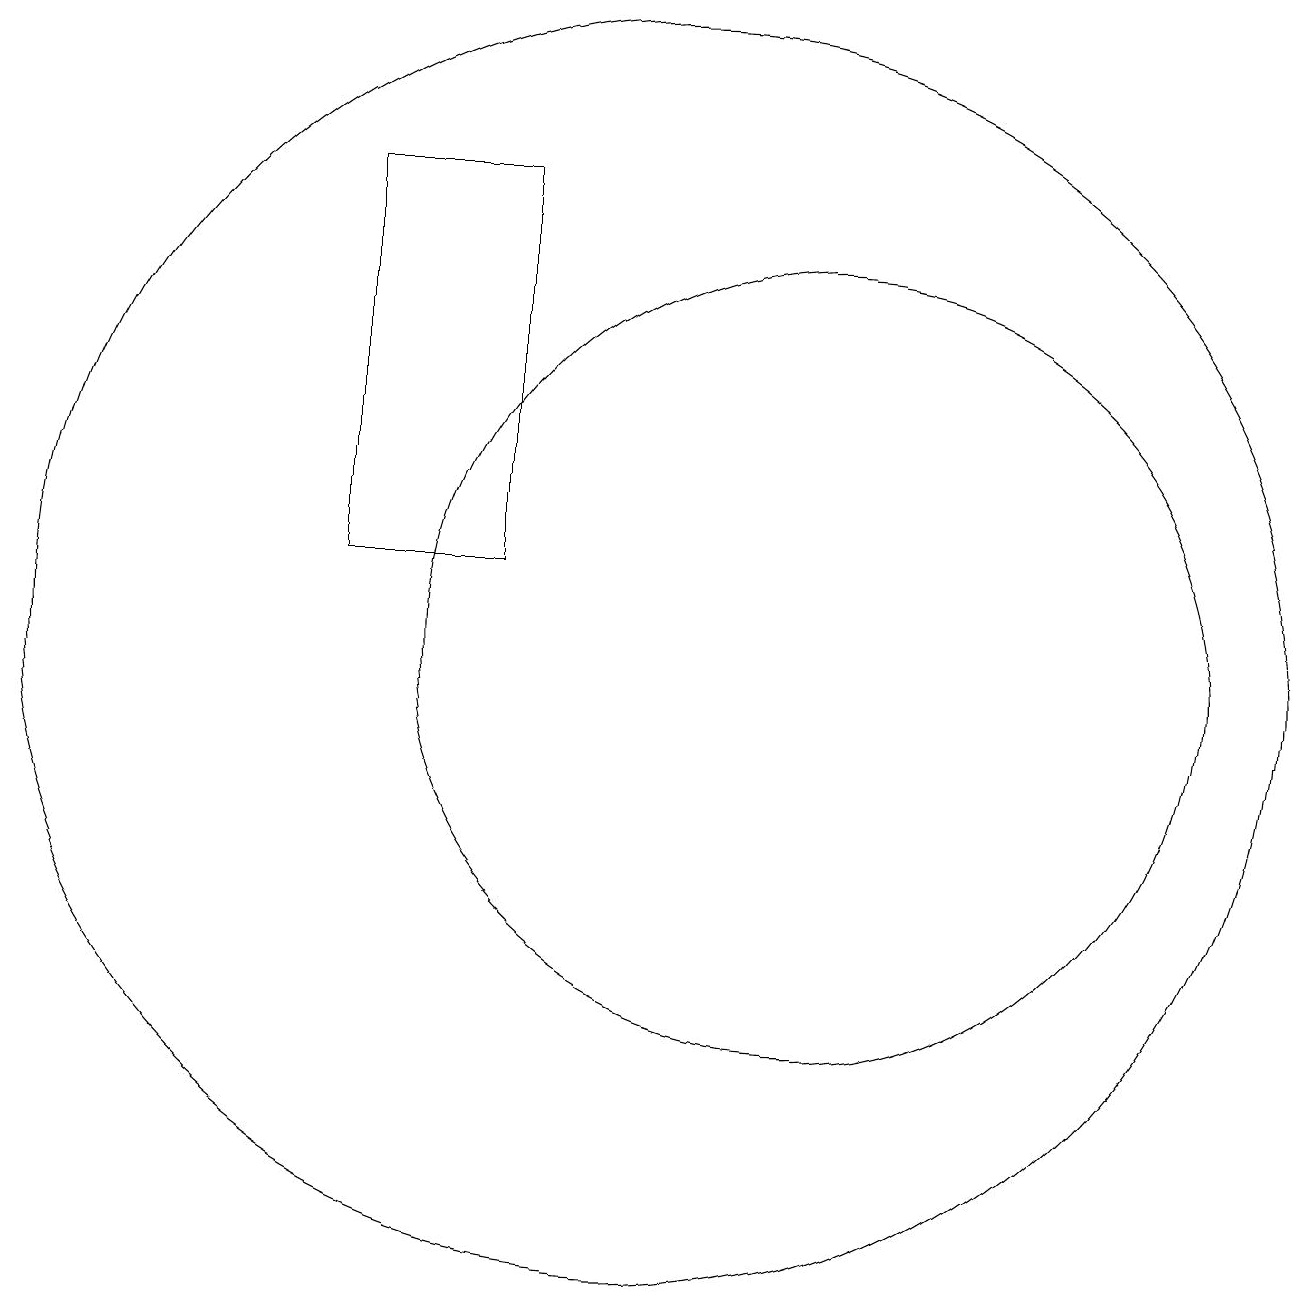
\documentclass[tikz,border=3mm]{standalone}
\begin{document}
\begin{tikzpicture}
\draw (10,11) circle (8);
\draw (12,11) circle (5);
\draw (8,12) rectangle (6,17);
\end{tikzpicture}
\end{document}